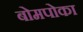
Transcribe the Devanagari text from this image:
बोमपोका